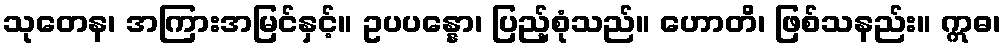
သုတေန၊ အကြားအမြင်နှင့်။ ဥပပန္နော၊ ပြည့်စုံသည်။ ဟောတိ၊ ဖြစ်သနည်း။ ဣဓ၊